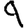
Digit: 9